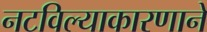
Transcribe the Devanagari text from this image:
नटविल्याकारणाने